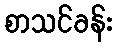
စာသင်ခန်း